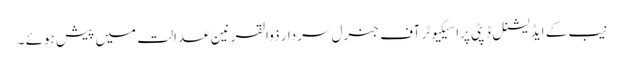
نیب کے ایڈیشنل ڈپٹی پراسیکیوٹر آف جنرل سردار ذوالقرنین عدالت میں پیش ہوئے ۔